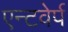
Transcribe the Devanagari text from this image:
एन्टवेर्प